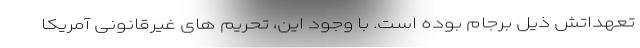
تعهداتش ذیل برجام بوده است. با وجود این، تحریم های غیرقانونی آمریکا